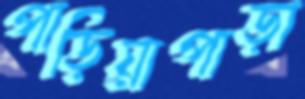
পাড়িয়াপাড়া